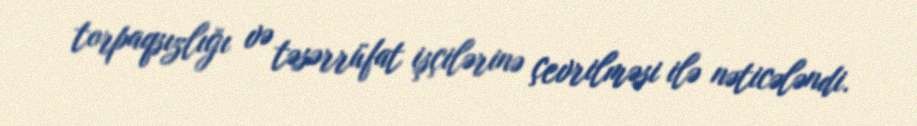
torpaqsızlığı və təsərrüfat işçilərinə çevrilməsi ilə nəticələndi.